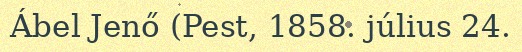
Ábel Jenő (Pest, 1858. július 24.